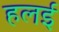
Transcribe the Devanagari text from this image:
हलई